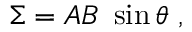
\Sigma = A B \ \sin \theta \ ,